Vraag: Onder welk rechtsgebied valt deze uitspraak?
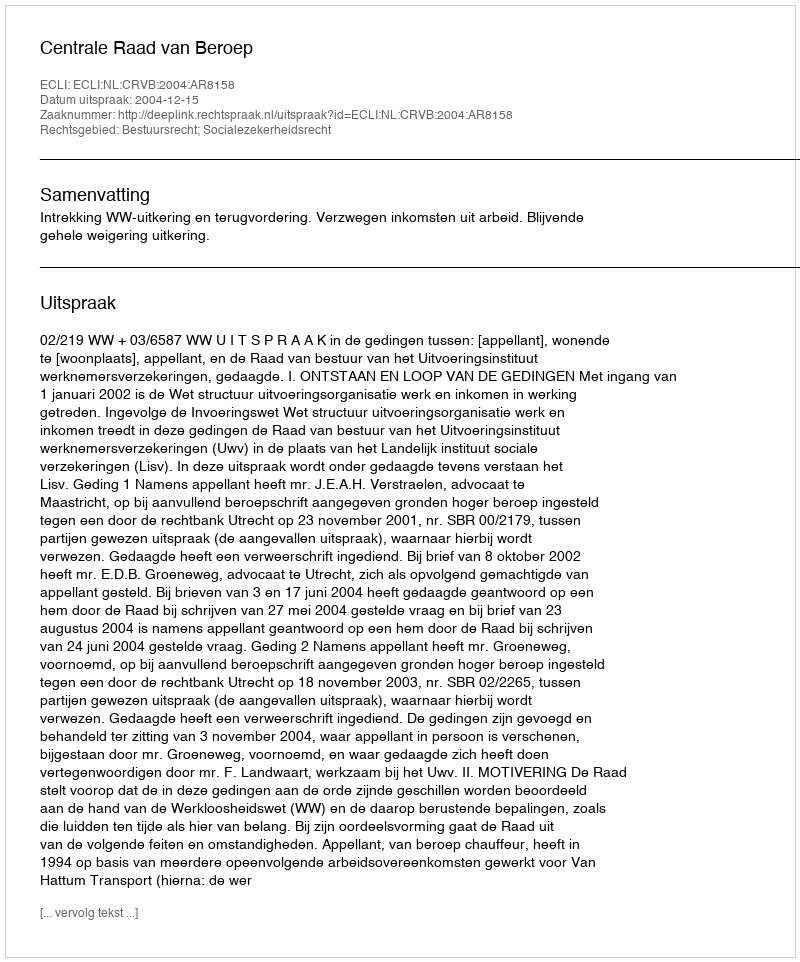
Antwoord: Bestuursrecht; Socialezekerheidsrecht